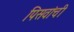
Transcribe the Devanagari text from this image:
पिसवांची